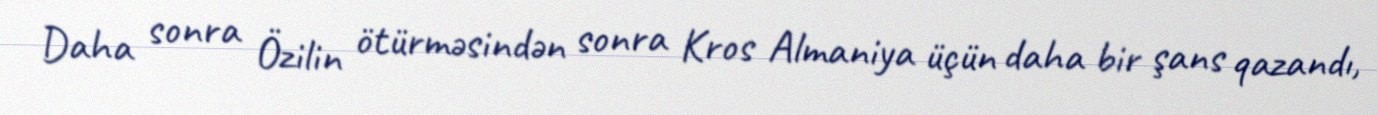
Daha sonra Özilin ötürməsindən sonra Kros Almaniya üçün daha bir şans qazandı,